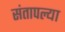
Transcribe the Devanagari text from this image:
संतापल्या